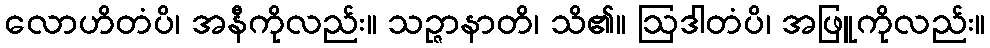
လောဟိတံပိ၊ အနီကိုလည်း။ သဉ္ဇာနာတိ၊ သိ၏။ ဩဒါတံပိ၊ အဖြူကိုလည်း။